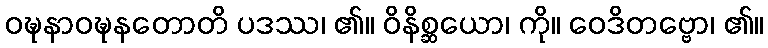
ဝဍ္ဎနာဝဍ္ဎနတောတိ ပဒဿ၊ ၏။ ဝိနိစ္ဆယော၊ ကို။ ဝေဒိတဗ္ဗော၊ ၏။